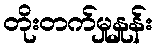
တိုးတက်မှုနှုန်း